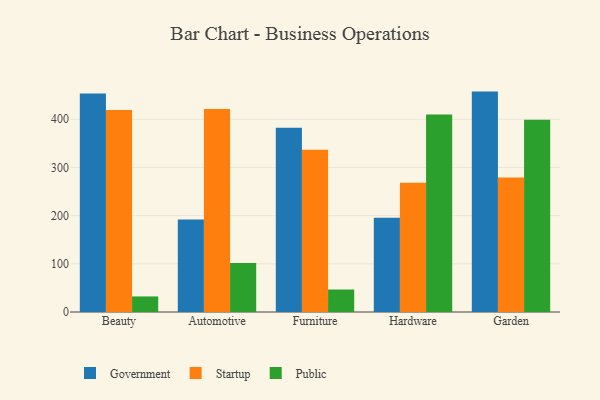
{"axis": {"x": "Category", "y": "Conversion Rate (%)"}, "legend": ["Government", "Public", "Startup"], "data": [{"x": "Beauty", "y": 453.2, "type": "Government"}, {"x": "Beauty", "y": 419.3, "type": "Startup"}, {"x": "Beauty", "y": 32.3, "type": "Public"}, {"x": "Automotive", "y": 192.0, "type": "Government"}, {"x": "Automotive", "y": 421.2, "type": "Startup"}, {"x": "Automotive", "y": 101.5, "type": "Public"}, {"x": "Furniture", "y": 382.4, "type": "Government"}, {"x": "Furniture", "y": 336.7, "type": "Startup"}, {"x": "Furniture", "y": 46.7, "type": "Public"}, {"x": "Hardware", "y": 195.5, "type": "Government"}, {"x": "Hardware", "y": 268.2, "type": "Startup"}, {"x": "Hardware", "y": 410.0, "type": "Public"}, {"x": "Garden", "y": 457.4, "type": "Government"}, {"x": "Garden", "y": 279.0, "type": "Startup"}, {"x": "Garden", "y": 398.9, "type": "Public"}]}